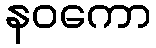
နဝကော